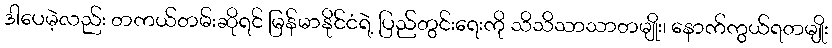
ဒါပေမဲ့လည်း တကယ်တမ်းဆိုရင် မြန်မာနိုင်ငံရဲ့ ပြည်တွင်းရေးကို သိသိသာသာတမျိုး၊ နောက်ကွယ်ရတမျိုး